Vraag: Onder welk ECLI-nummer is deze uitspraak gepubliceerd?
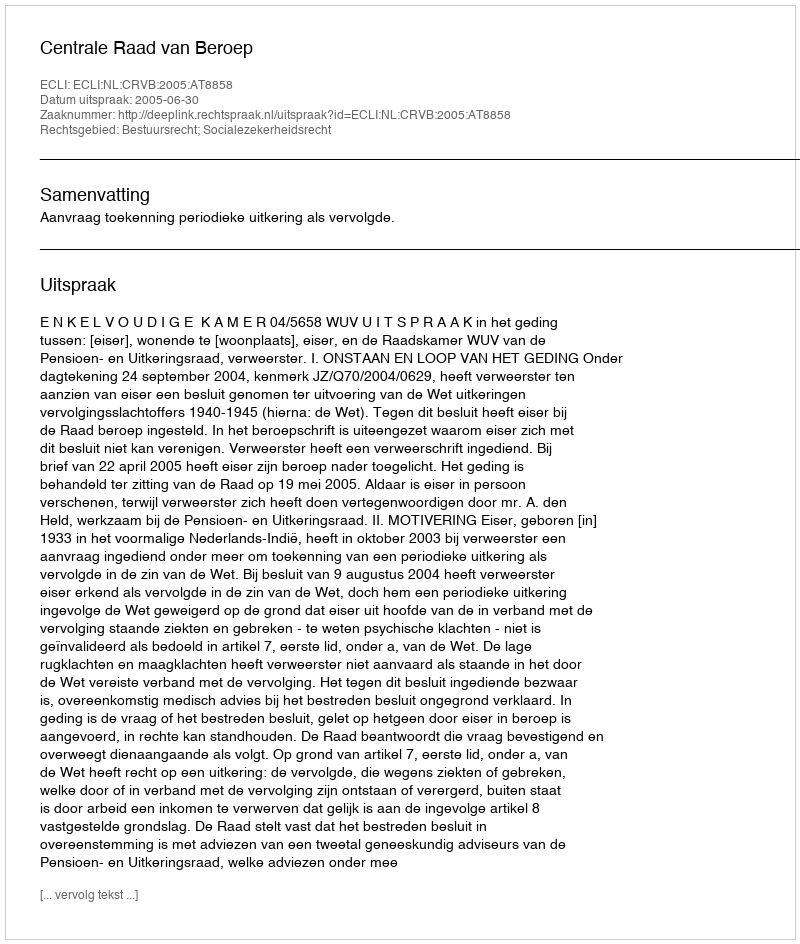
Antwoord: ECLI:NL:CRVB:2005:AT8858